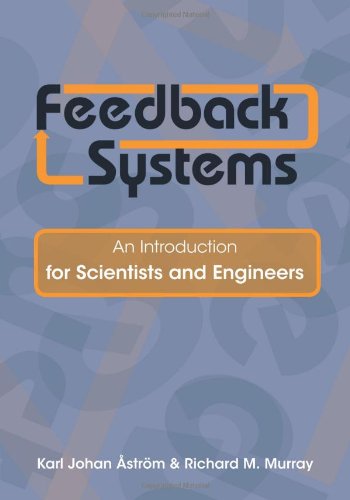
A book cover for Feedback Systems: An Introduction for Scientists and Engineers; Karl Johan AstrÃ¶m; Science & Math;